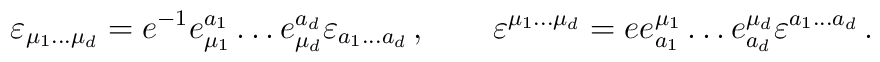
\varepsilon_{\mu_1\ldots \mu_d}=e^{-1}e_{\mu_1}^{a_1}\ldots e_{\mu_d}^{a_d}\varepsilon_{a_1\ldots a_ d}   \,,\qquad\varepsilon^{\mu_1\ldots \mu_d}=e e^{\mu_1}_{a_1}\ldots e^{\mu_d}_{a_d}\varepsilon^{a_1\ldots a_ d}   \,.